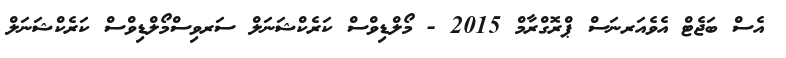
އެސް ބަޖެޓް އެވެއަރނަސް ޕްރޮގްރާމް 2015 - މޯލްޑިވްސް ކަރެކްޝަނަލް ސަރވިސްމޯލްޑިވްސް ކަރެކްޝަނަލް